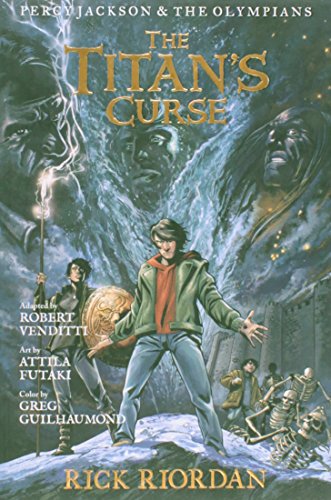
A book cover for The Titan's Curse (Percy Jackson & the Olympians, Book 3); Rick Riordan; Children's Books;